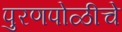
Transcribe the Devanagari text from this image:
पुरणपोळीचे